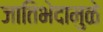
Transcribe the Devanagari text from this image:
जातिभेदामुळे